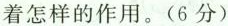
着怎样的作用。(6分)